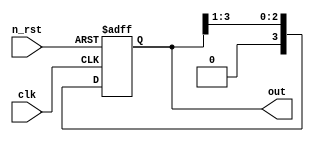
module shift_register(
    input clk,
    input n_rst,
    output reg [3:0] out
);

always @(posedge clk or negedge n_rst) begin
    if(!n_rst) begin
        out <= 4'h0001;
    end
    else begin
        out[0] <= out[1];
        out[1] <= out[2];
        out[2] <= out[3];
        out[3] <= 4'h0000 ;
    end
    end
    
endmodule